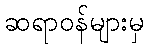
ဆရာဝန်များမှ